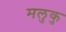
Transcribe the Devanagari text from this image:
मलुकु